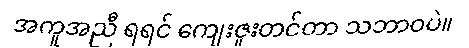
အကူအညီ ရရင် ကျေးဇူးတင်တာ သဘာဝပဲ။